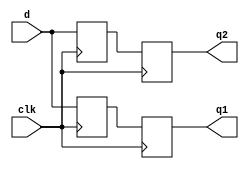
/*

Copyright (c) 2016-2018 Alex Forencich

Permission is hereby granted, free of charge, to any person obtaining a copy
of this software and associated documentation files (the "Software"), to deal
in the Software without restriction, including without limitation the rights
to use, copy, modify, merge, publish, distribute, sublicense, and/or sell
copies of the Software, and to permit persons to whom the Software is
furnished to do so, subject to the following conditions:

The above copyright notice and this permission notice shall be included in
all copies or substantial portions of the Software.

THE SOFTWARE IS PROVIDED "AS IS", WITHOUT WARRANTY OF ANY KIND, EXPRESS OR
IMPLIED, INCLUDING BUT NOT LIMITED TO THE WARRANTIES OF MERCHANTABILITY
FITNESS FOR A PARTICULAR PURPOSE AND NONINFRINGEMENT. IN NO EVENT SHALL THE
AUTHORS OR COPYRIGHT HOLDERS BE LIABLE FOR ANY CLAIM, DAMAGES OR OTHER
LIABILITY, WHETHER IN AN ACTION OF CONTRACT, TORT OR OTHERWISE, ARISING FROM,
OUT OF OR IN CONNECTION WITH THE SOFTWARE OR THE USE OR OTHER DEALINGS IN
THE SOFTWARE.

*/

// Language: Verilog 2001

`timescale 1ns / 1ps

/*
 * Generic IDDR module
 */
module iddr #
(
    // target ("SIM", "GENERIC", "XILINX", "ALTERA")
    parameter TARGET = "GENERIC",
    // IODDR style ("IODDR", "IODDR2")
    // Use IODDR for Virtex-4, Virtex-5, Virtex-6, 7 Series, Ultrascale
    // Use IODDR2 for Spartan-6
    parameter IODDR_STYLE = "IODDR2",
    // Width of register in bits
    parameter WIDTH = 1
)
(
    input  wire             clk,

    input  wire [WIDTH-1:0] d,

    output wire [WIDTH-1:0] q1,
    output wire [WIDTH-1:0] q2
);

/*

Provides a consistent input DDR flip flop across multiple FPGA families
              _____       _____       _____       _____       ____
    clk  ____/     \_____/     \_____/     \_____/     \_____/
         _ _____ _____ _____ _____ _____ _____ _____ _____ _____ _
    d    _X_D0__X_D1__X_D2__X_D3__X_D4__X_D5__X_D6__X_D7__X_D8__X_
         _______ ___________ ___________ ___________ ___________ _
    q1   _______X___________X____D0_____X____D2_____X____D4_____X_
         _______ ___________ ___________ ___________ ___________ _
    q2   _______X___________X____D1_____X____D3_____X____D5_____X_

*/

genvar n;

generate

if (TARGET == "XILINX") begin
    for (n = 0; n < WIDTH; n = n + 1) begin : iddr
        if (IODDR_STYLE == "IODDR") begin
            IDDR #(
                .DDR_CLK_EDGE("SAME_EDGE_PIPELINED"),
                .SRTYPE("ASYNC")
            )
            iddr_inst (
                .Q1(q1[n]),
                .Q2(q2[n]),
                .C(clk),
                .CE(1'b1),
                .D(d[n]),
                .R(1'b0),
                .S(1'b0)
            );
        end else if (IODDR_STYLE == "IODDR2") begin
            IDDR2 #(
                .DDR_ALIGNMENT("C0")
            )
            iddr_inst (
                .Q0(q1[n]),
                .Q1(q2[n]),
                .C0(clk),
                .C1(~clk),
                .CE(1'b1),
                .D(d[n]),
                .R(1'b0),
                .S(1'b0)
            );
        end
    end
end else if (TARGET == "ALTERA") begin
    wire [WIDTH-1:0] q1_int;
    reg [WIDTH-1:0] q1_delay;

    altddio_in #(
        .WIDTH(WIDTH),
        .POWER_UP_HIGH("OFF")
    )
    altddio_in_inst (
        .aset(1'b0),
        .datain(d),
        .inclocken(1'b1),
        .inclock(clk),
        .aclr(1'b0),
        .dataout_h(q1_int),
        .dataout_l(q2)
    );

    always @(posedge clk) begin
        q1_delay <= q1_int;
    end

    assign q1 = q1_delay;
end else begin
    reg [WIDTH-1:0] d_reg_1 = {WIDTH{1'b0}};
    reg [WIDTH-1:0] d_reg_2 = {WIDTH{1'b0}};

    reg [WIDTH-1:0] q_reg_1 = {WIDTH{1'b0}};
    reg [WIDTH-1:0] q_reg_2 = {WIDTH{1'b0}};

    always @(posedge clk) begin
        d_reg_1 <= d;
    end

    always @(negedge clk) begin
        d_reg_2 <= d;
    end

    always @(posedge clk) begin
        q_reg_1 <= d_reg_1;
        q_reg_2 <= d_reg_2;
    end

    assign q1 = q_reg_1;
    assign q2 = q_reg_2;
end

endgenerate

endmodule